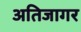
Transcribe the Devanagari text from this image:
अतिजागर